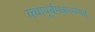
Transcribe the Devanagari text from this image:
यथापूर्वमकल्पयत्